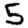
Digit: 5